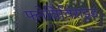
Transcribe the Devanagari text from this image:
फ्लेविविराइड